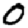
Digit: 0